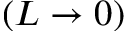
( L \to 0 )